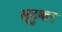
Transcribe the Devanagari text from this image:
स्टुका